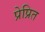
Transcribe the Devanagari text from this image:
प्रेप्रित